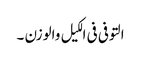
التوفی فی الکیل والوزن ۔